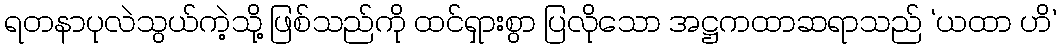
ရတနာပုလဲသွယ်ကဲ့သို့ ဖြစ်သည်ကို ထင်ရှားစွာ ပြလိုသော အဋ္ဌကထာဆရာသည် ‘ယထာ ဟိ’